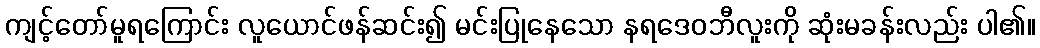
ကျင့်တော်မူရကြောင်း လူယောင်ဖန်ဆင်း၍ မင်းပြုနေသော နရဒေဝဘီလူးကို ဆုံးမခန်းလည်း ပါ၏။